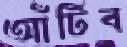
আঁটিব